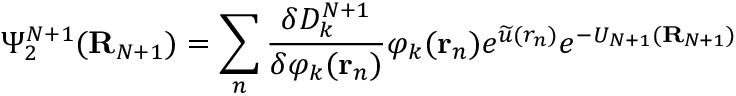
\Psi _ { 2 } ^ { N + 1 } ( { \bf R } _ { N + 1 } ) = \sum _ { n } \frac { \delta D _ { k } ^ { N + 1 } } { \delta \varphi _ { k } ( { \bf r } _ { n } ) } \varphi _ { k } ( { \bf r } _ { n } ) e ^ { \widetilde { u } ( r _ { n } ) } e ^ { - U _ { N + 1 } ( { \bf R } _ { N + 1 } ) }